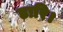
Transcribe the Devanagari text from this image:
डारि।